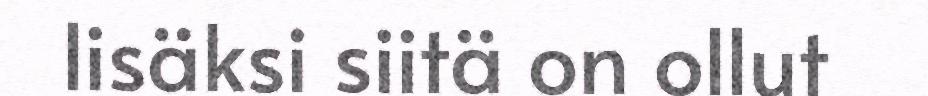
lisäksi siitä on ollut